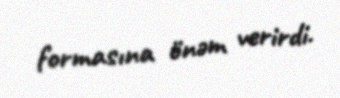
formasına önəm verirdi.